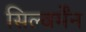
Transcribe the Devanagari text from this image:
सिल्वर्मेंन